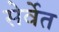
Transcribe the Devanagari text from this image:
सेर्वेत